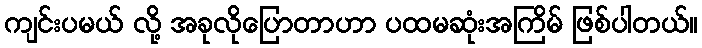
ကျင်းပမယ် လို့ အခုလိုပြောတာဟာ ပထမဆုံးအကြိမ် ဖြစ်ပါတယ်။